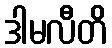
ဒါမလီတိ